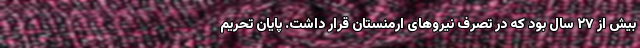
بیش از ۲۷ سال بود که در تصرف نیروهای ارمنستان قرار داشت. پایان تحریم